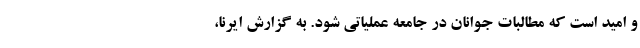
و امید است که مطالبات جوانان در جامعه عملیاتی شود. به گزارش ایرنا،